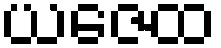
ယဇေထ